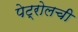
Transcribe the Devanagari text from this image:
पेट्रोलची